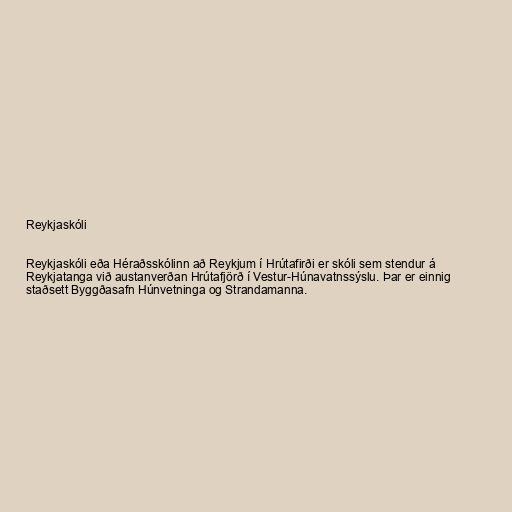
Reykjaskóli

Reykjaskóli eða Héraðsskólinn að Reykjum í Hrútafirði er skóli sem stendur á
Reykjatanga við austanverðan Hrútafjörð í Vestur-Húnavatnssýslu. Þar er einnig
staðsett Byggðasafn Húnvetninga og Strandamanna.